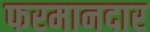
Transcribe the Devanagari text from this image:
फरमानदार